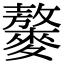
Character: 䵅